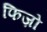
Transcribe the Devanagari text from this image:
फिज़ो